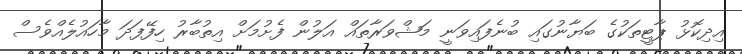
އިދިކޮޅު ޕާޓީތަކުގެ ބަޔާނުގައި ބުނެފައިވަނީ މަޝްވަރާތައް އަލުން ފެށުމަށް އިތުބާރު ހިފޭފަދަ މާހައުލެއްވެސް